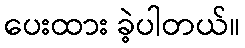
ပေးထား ခဲ့ပါတယ်။